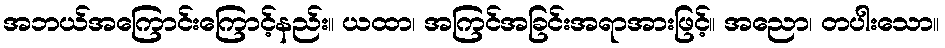
အဘယ်အကြောင်းကြောင့်နည်း။ ယထာ၊ အကြင်အခြင်းအရာအားဖြင့်။ အညော၊ တပါးသော။